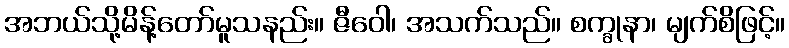
အဘယ်သို့မိန့်တော်မူသနည်း။ ဇီဝေါ၊ အသက်သည်။ စက္ခုနာ၊ မျက်စိဖြင့်။